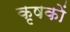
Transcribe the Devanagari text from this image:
कृषकाें